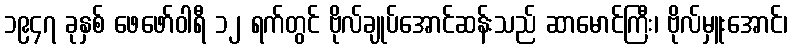
၁၉၄၇ ခုနှစ် ဖေဖော်ဝါရီ ၁၂ ရက်တွင် ဗိုလ်ချုပ်အောင်ဆန်းသည် ဆာမောင်ကြီး၊ ဗိုလ်မှူးအောင်၊